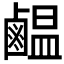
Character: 𪉸